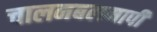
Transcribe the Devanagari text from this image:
चालनबलमापी